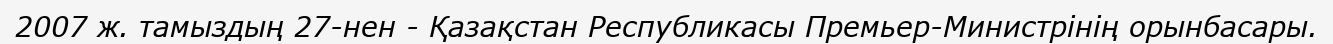
2007 ж. тамыздың 27-нен - Қазақстан Республикасы Премьер-Министрінің орынбасары.